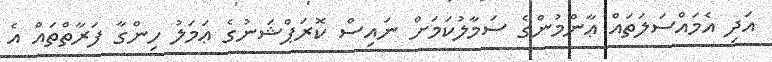
އަދި އެމައްސަލަތައް ޢާންމުންގެ ސަމާލުކަމަށް ނައިސް ކޮރަޕްޝަނުގެ ޢަމަލު ހިންގާ ފަރާތްތައް އެ